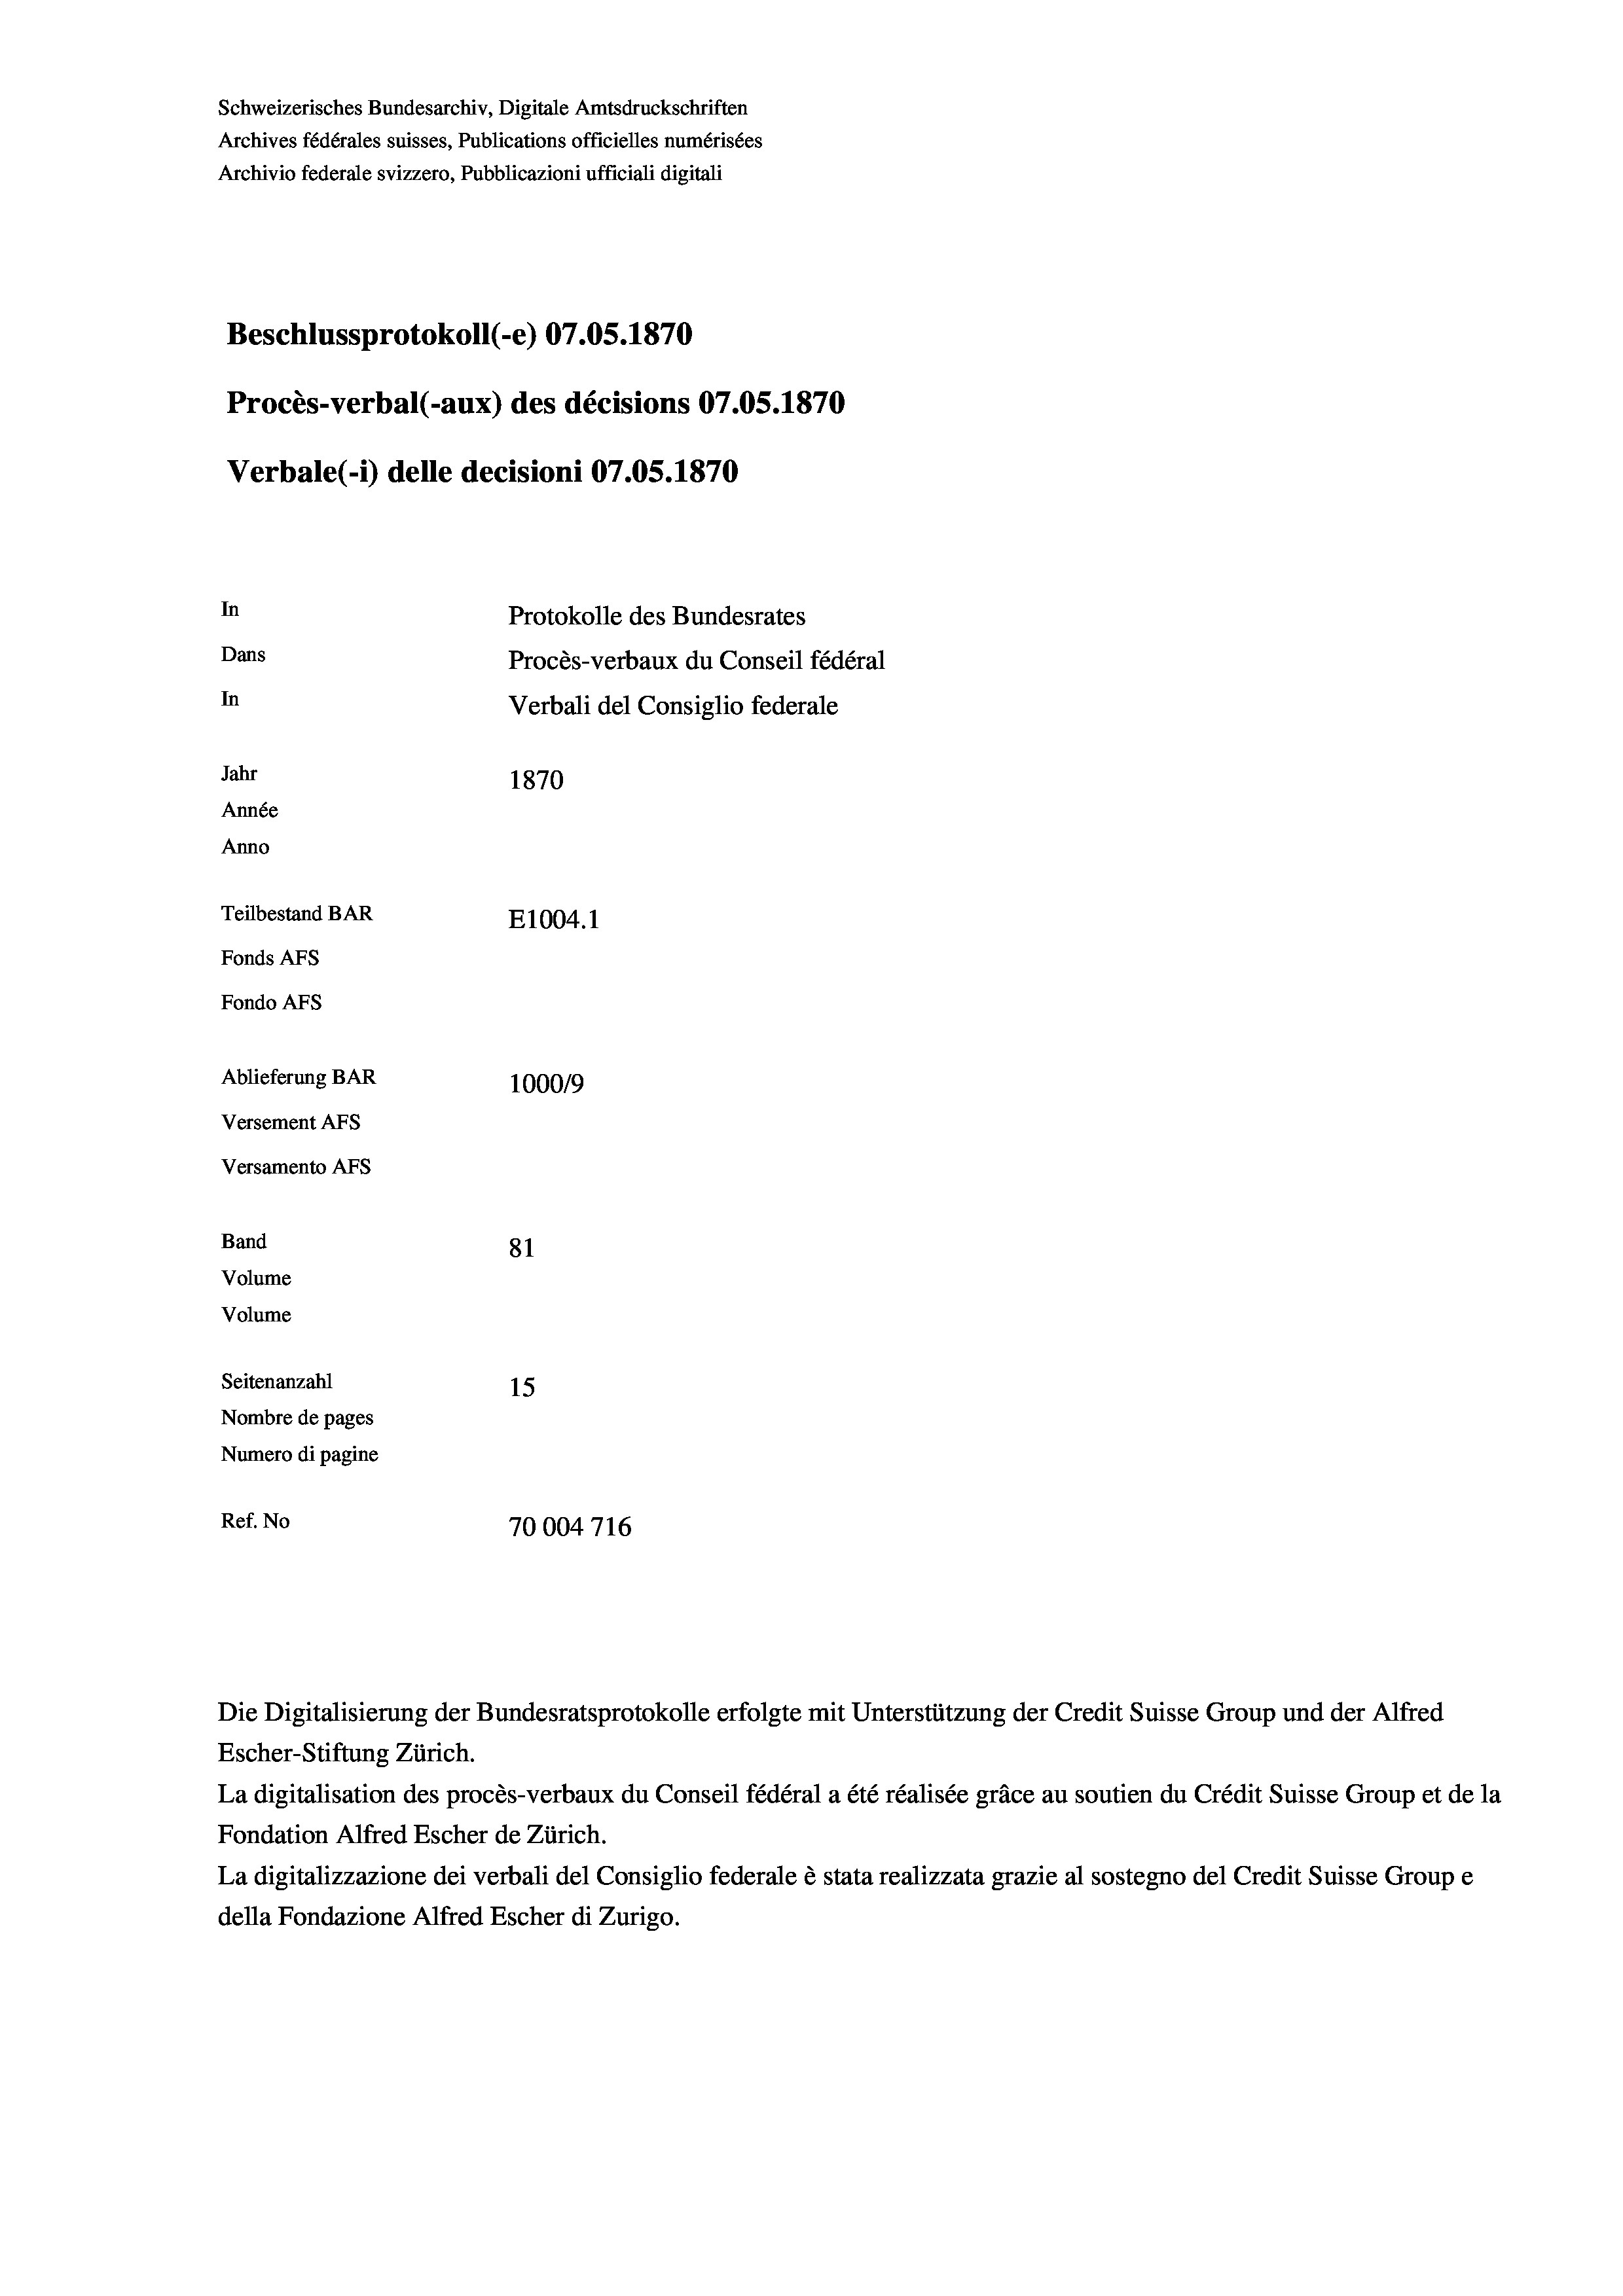
Schweizerisches Bundesarchiv, Digitale Amtsdruckschriften
Archives fédérales suisses, Publications officielles numérisées
Archivio federale svizzero, Pubblicazioni ufficiali digitali
Beschlussprotokoll (-e) 07.05. 1870
Procès-verbal (-aux) des décisions 07.05. 1870
Verbale (1) delle decisioni 07.05. 1870
In
Protokolle des Bundesrates
Dans
Procès-verbaux du Conseil fédéral
In
Verbali del Consiglio federale
Jahr
1870
Année
Anno
Teilbestand BAR
E1004.1
Fonds AFs
Fondo AFs
Ablieferung BAR
1000/9
Versement Abs
Versamento Afs

Band
Volume
Volume

81
Seitenanzahl
15
Nombre de pages
Numero di pagine
Ref. No
70004716

Die Digitalisierung der Bundesratsprotokolle erfolgte mit Unterstützung der Credit Suisse Group und der Alfred
Escher-Stiftung Zürich.
La digitalisation des procès-verbaux du Conseil fédéral a été réalisée gräce au soutien du Crédit Suisse Group et de la
Fondation Alfred Escher de Zürich.
La digitalizzazione dei verbali del Consiglio federale è stata realizzata grazie al sostegno del Credit Suisse Groupe
della Fondazione Alfred Escher di Zurigo.